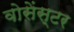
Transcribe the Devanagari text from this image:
वोसेंस्टर